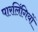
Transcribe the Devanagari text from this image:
पारलिंगियों